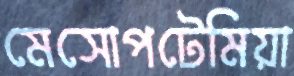
মেসোপটেমিয়া